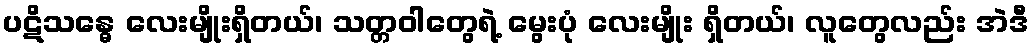
ပဋိသန္ဓေ လေးမျိုးရှိတယ်၊ သတ္တဝါတွေရဲ့ မွေးပုံ လေးမျိုး ရှိတယ်၊ လူတွေလည်း အဲဒီ